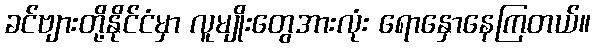
ခင်ဗျားတို့နိုင်ငံမှာ လူမျိုးတွေအားလုံး ရောနှောနေကြတယ်။